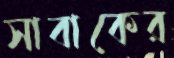
সাবাকের